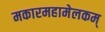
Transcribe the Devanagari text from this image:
मकारमहामेलकम्